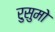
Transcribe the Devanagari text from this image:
रुसुमो